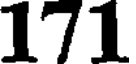
171